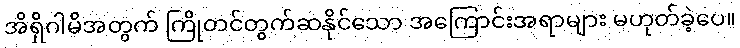
အိရှိဂါမိအတွက် ကြိုတင်တွက်ဆနိုင်သော အကြောင်းအရာများ မဟုတ်ခဲ့ပေ။